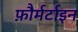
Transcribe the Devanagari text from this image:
फ़ौर्मर्टाइन